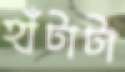
হাঁটাটা